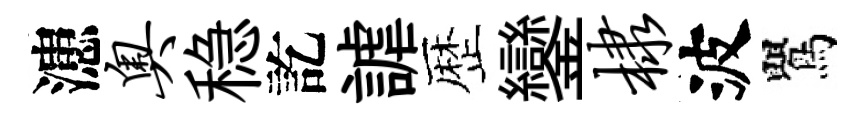
漶奥稳訖謔歴鑾棣波鸎